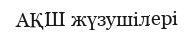
АҚШ жүзушілері